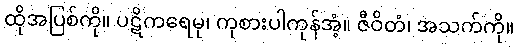
ထိုအပြစ်ကို။ ပဋိကရေမု၊ ကုစားပါကုန်အံ့။ ဇီဝိတံ၊ အသက်ကို။